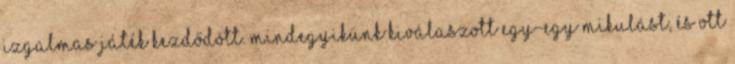
Izgalmas játék kezdődött. Mindegyikünk kiválaszott egy-egy Mikulást, és ott